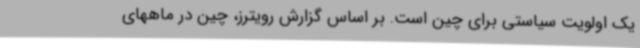
یک اولویت سیاستی برای چین است. بر اساس گزارش رویترز، چین در ماههای